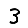
Digit: 3